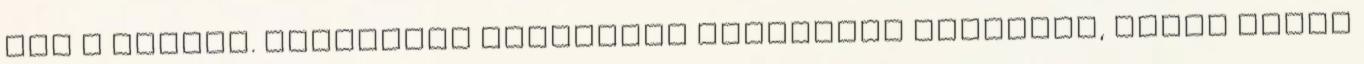
így a végére. Szerintem többeknél felmerült Cordelia, Fiona által